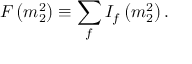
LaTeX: F \left( m _ { 2 } ^ { 2 } \right) \equiv \sum _ { f } I _ { f } \left( m _ { 2 } ^ { 2 } \right) .